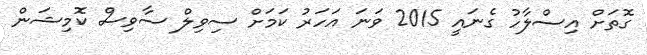
ގޮތަށް އިސްލާހު ގެނައީ 2015 ވަނަ އަހަރު ކަމަށް ސިވިލް ސާވިސް ކޮމިޝަން